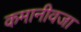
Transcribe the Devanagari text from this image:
कमानीवजा